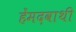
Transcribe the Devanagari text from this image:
हेंमदवाथी